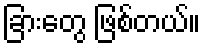
ခြားတွေ ဖြစ်တယ်။